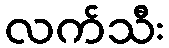
လက်သီး